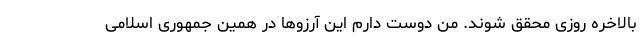
بالاخره روزی محقق شوند. من دوست دارم این آرزوها در همین جمهوری اسلامی